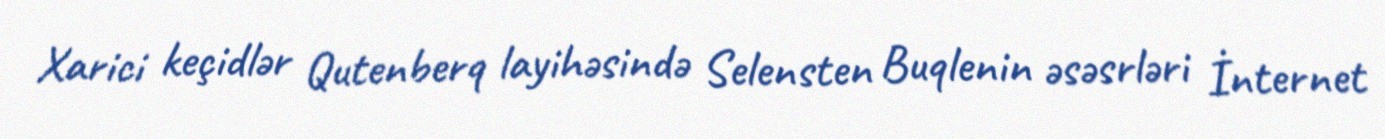
Xarici keçidlər Qutenberq layihəsində Selensten Buqlenin əsəsrləri İnternet